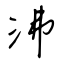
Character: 沸